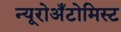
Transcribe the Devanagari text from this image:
न्यूरोअँटोमिस्ट